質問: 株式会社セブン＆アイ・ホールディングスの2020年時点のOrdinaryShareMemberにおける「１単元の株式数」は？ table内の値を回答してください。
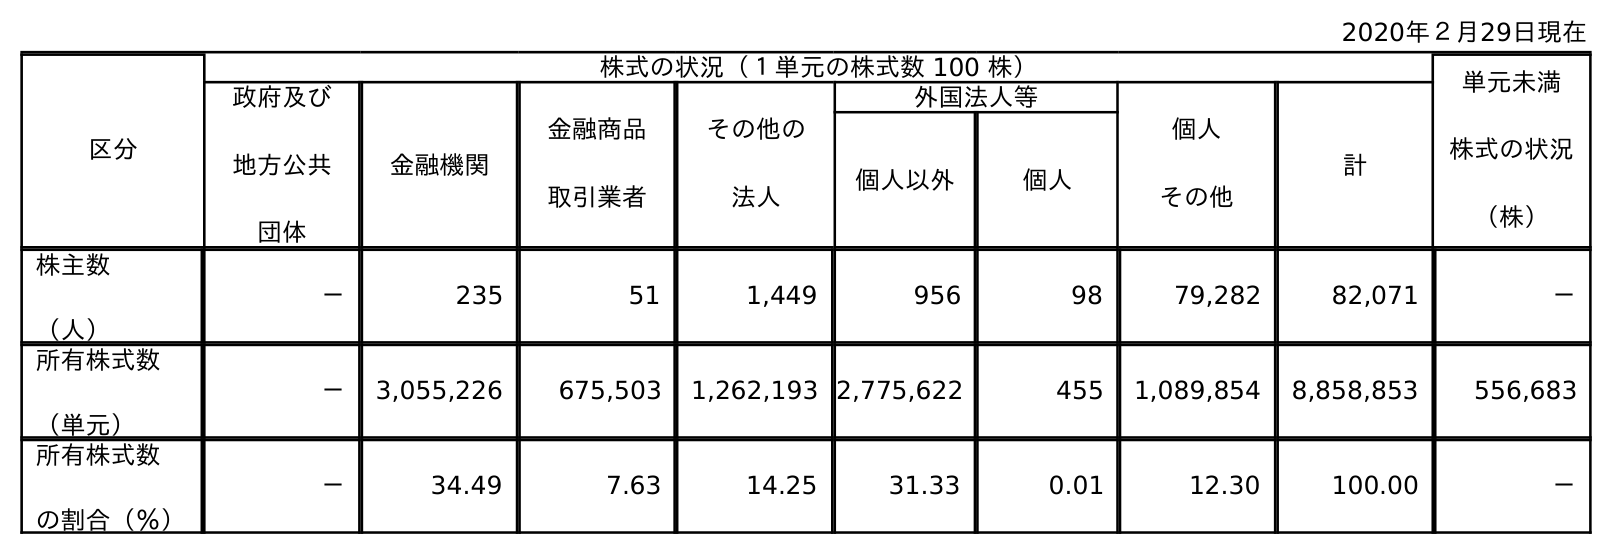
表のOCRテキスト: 2020年２月29日現在 区分 株式の状況（１単元の株式数 100 株） 単元未満 株式の状況 （株） 政府及び 地方公共 団体 金融機関 金融商品 取引業者 その他の 法人 外国法人等 個人 その他 計 個人以外 個人 株主数 （人） － 235 51 1,449 956 98 79,282 82,071 － 所有株式数 （単元） － 3,055,226 675,503 1,262,193 2,775,622 455 1,089,854 8,858,853 556,683 所有株式数 の割合（％） － 34.49 7.63 14.25 31.33 0.01 12.30 100.00 －
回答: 株式の状況（１単元の株式数100株）